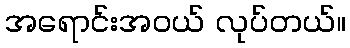
အရောင်းအဝယ် လုပ်တယ်။